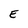
Character: E